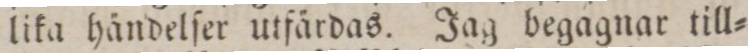
lika händelſer utfärdas. Jag begagnar till=